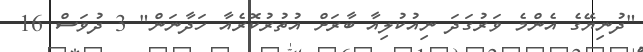
"ދުނިޔޭގެ އެންމެ ވަރުގަދަ ނިއުކުލިއާ ބާރަށް އުތުރުކޮރެއާ ހަދާނަން" 3 ދުވަސް 16